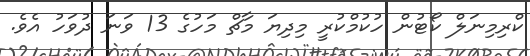
ކްރިމިނަލް ކޯޓުން ހުކުމްކުރީ މިދިޔަ މާޗް މަހުގެ 13 ވަނަ ދުވަހު އެވެ.